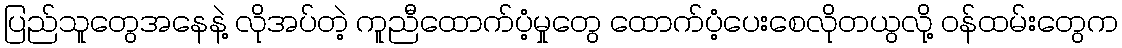
ပြည်သူတွေအနေနဲ့ လိုအပ်တဲ့ ကူညီထောက်ပံ့မှုတွေ ထောက်ပံ့ပေးစေလိုတယွလို့ ၀န်ထမ်းတွေက